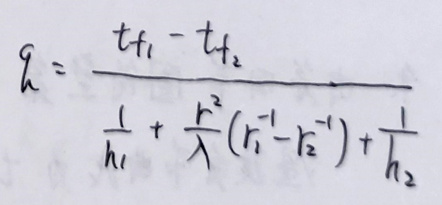
\[ q = \frac{t_{f_1} - t_{f_2}}{\frac{1}{h_1} + \frac{r^2}{\lambda}(r_1^{-1}-r_2^{-1})+\frac{1}{h_2}} \]